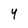
Character: 4